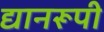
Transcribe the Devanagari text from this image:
द्यानरूपी